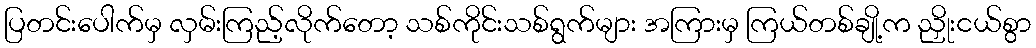
ပြတင်းပေါက်မှ လှမ်းကြည့်လိုက်တော့ သစ်ကိုင်းသစ်ရွက်များ အကြားမှ ကြယ်တစ်ချို့က ညှိုးငယ်စွာ